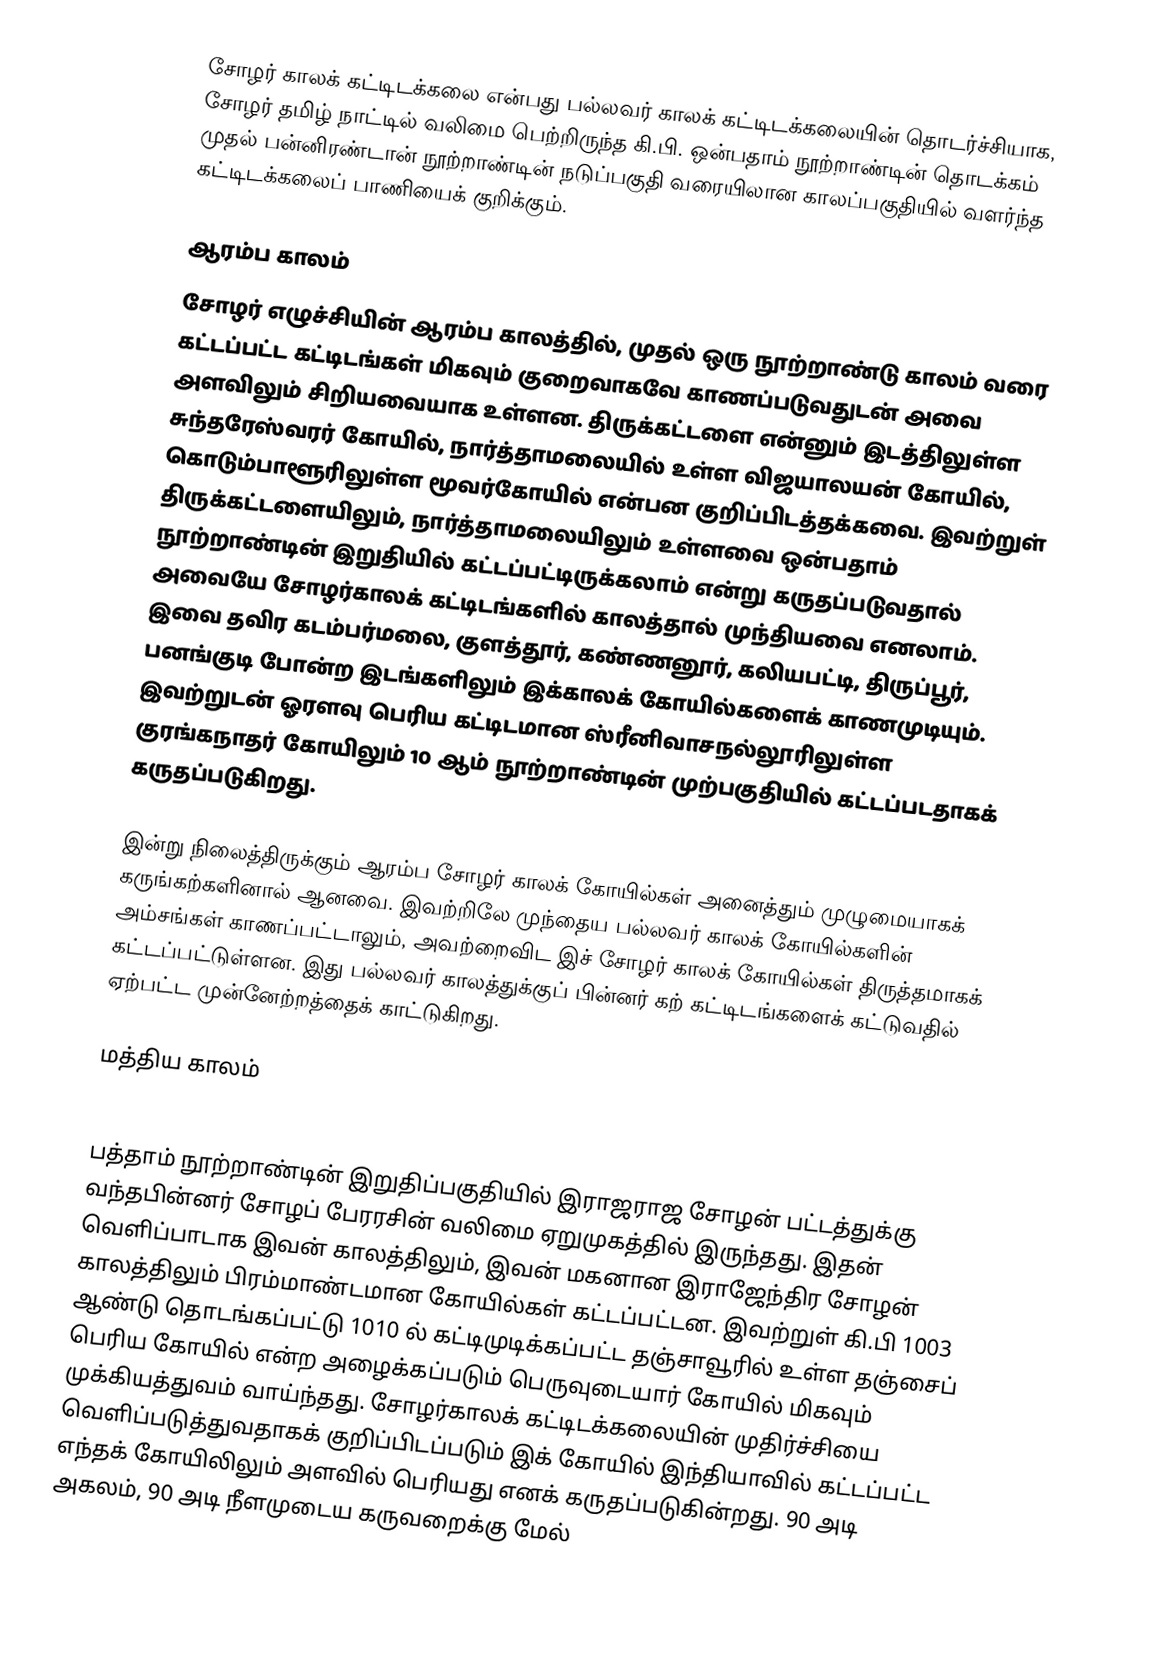
சோழர் காலக் கட்டிடக்கலை என்பது பல்லவர் காலக் கட்டிடக்கலையின் தொடர்ச்சியாக, சோழர் தமிழ் நாட்டில் வலிமை பெற்றிருந்த கி.பி. ஒன்பதாம் நூற்றாண்டின் தொடக்கம் முதல் பன்னிரண்டான் நூற்றாண்டின் நடுப்பகுதி வரையிலான காலப்பகுதியில் வளர்ந்த கட்டிடக்கலைப் பாணியைக் குறிக்கும்.

ஆரம்ப காலம்
சோழர் எழுச்சியின் ஆரம்ப காலத்தில், முதல் ஒரு நூற்றாண்டு காலம் வரை கட்டப்பட்ட கட்டிடங்கள் மிகவும் குறைவாகவே காணப்படுவதுடன் அவை அளவிலும் சிறியவையாக உள்ளன. திருக்கட்டளை என்னும் இடத்திலுள்ள சுந்தரேஸ்வரர் கோயில், நார்த்தாமலையில் உள்ள விஜயாலயன் கோயில், கொடும்பாளூரிலுள்ள மூவர்கோயில் என்பன குறிப்பிடத்தக்கவை. இவற்றுள் திருக்கட்டளையிலும், நார்த்தாமலையிலும் உள்ளவை ஒன்பதாம் நூற்றாண்டின் இறுதியில் கட்டப்பட்டிருக்கலாம் என்று கருதப்படுவதால் அவையே சோழர்காலக் கட்டிடங்களில் காலத்தால் முந்தியவை எனலாம். இவை தவிர கடம்பர்மலை, குளத்தூர், கண்ணனூர், கலியபட்டி, திருப்பூர், பனங்குடி போன்ற இடங்களிலும் இக்காலக் கோயில்களைக் காணமுடியும். இவற்றுடன் ஓரளவு பெரிய கட்டிடமான ஸ்ரீனிவாசநல்லூரிலுள்ள குரங்கநாதர் கோயிலும் 10 ஆம் நூற்றாண்டின் முற்பகுதியில் கட்டப்படதாகக் கருதப்படுகிறது.

இன்று நிலைத்திருக்கும் ஆரம்ப சோழர் காலக் கோயில்கள் அனைத்தும் முழுமையாகக் கருங்கற்களினால் ஆனவை. இவற்றிலே முந்தைய பல்லவர் காலக் கோயில்களின் அம்சங்கள் காணப்பட்டாலும், அவற்றைவிட இச் சோழர் காலக் கோயில்கள் திருத்தமாகக் கட்டப்பட்டுள்ளன. இது பல்லவர் காலத்துக்குப் பின்னர் கற் கட்டிடங்களைக் கட்டுவதில் ஏற்பட்ட முன்னேற்றத்தைக் காட்டுகிறது.

மத்திய காலம்

பத்தாம் நூற்றாண்டின் இறுதிப்பகுதியில் இராஜராஜ சோழன் பட்டத்துக்கு வந்தபின்னர் சோழப் பேரரசின் வலிமை ஏறுமுகத்தில் இருந்தது. இதன் வெளிப்பாடாக இவன் காலத்திலும், இவன் மகனான இராஜேந்திர சோழன் காலத்திலும் பிரம்மாண்டமான கோயில்கள் கட்டப்பட்டன. இவற்றுள் கி.பி 1003 ஆண்டு தொடங்கப்பட்டு 1010 ல் கட்டிமுடிக்கப்பட்ட தஞ்சாவூரில் உள்ள தஞ்சைப் பெரிய கோயில் என்ற அழைக்கப்படும் பெருவுடையார் கோயில் மிகவும் முக்கியத்துவம் வாய்ந்தது. சோழர்காலக் கட்டிடக்கலையின் முதிர்ச்சியை வெளிப்படுத்துவதாகக் குறிப்பிடப்படும் இக் கோயில் இந்தியாவில் கட்டப்பட்ட எந்தக் கோயிலிலும் அளவில் பெரியது எனக் கருதப்படுகின்றது. 90 அடி அகலம், 90 அடி நீளமுடைய கருவறைக்கு மேல்